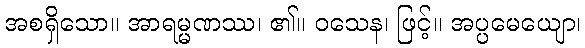
အစရှိသော။ အာရမ္မဏဿ၊ ၏။ ဝသေန၊ ဖြင့်။ အပ္ပမေယျော၊